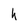
Character: h